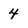
Character: 4